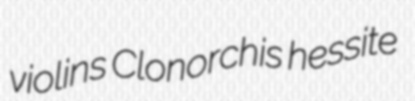
violins Clonorchis hessite